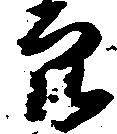
穴